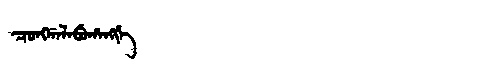
Manchu: ᠴᠣᠩᡤᠠᠯᠠᠪᡠᡥᠠᠩᡤᡝ
Romanization: CONGGALABUHANGGE